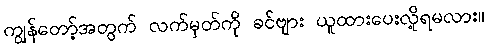
ကျွန်တော့်အတွက် လက်မှတ်ကို ခင်ဗျား ယူထားပေးလို့ရမလား။